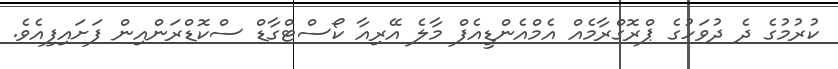
ކުރުމުގެ ދެ ދުވަހުގެ ޕްރޮގްރާމެއް އެމްއެންޑީއެފް މާލެ އޭރިއާ ކޯސްޓްގާޑް ސްކޮޑްރަންއިން ފަށައިފިއެވެ.